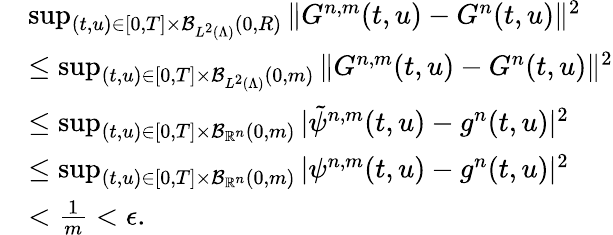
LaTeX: \begin{array}{rl}&{\operatorname*{sup}_{(t,u)\in[0,T]\times\mathcal{B}_{L^{2}(\Lambda)}(0,R)}\| G^{n,m}(t,u)-G^{n}(t,u)\| ^{2}}\\ &{\leq\operatorname*{sup}_{(t,u)\in[0,T]\times\mathcal{B}_{L^{2}(\Lambda)}(0,m)}\| G^{n,m}(t,u)-G^{n}(t,u)\| ^{2}}\\ &{\leq\operatorname*{sup}_{(t,u)\in[0,T]\times\mathcal{B}_{\mathbb{R}^{n}}(0,m)}|\tilde{\psi}^{n,m}(t,u)-g^{n}(t,u)|^{2}}\\ &{\leq\operatorname*{sup}_{(t,u)\in[0,T]\times\mathcal{B}_{\mathbb{R}^{n}}(0,m)}|\psi^{n,m}(t,u)-g^{n}(t,u)|^{2}}\\ &{<\frac{1}{m}<\epsilon.}\end{array}